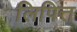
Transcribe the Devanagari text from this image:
लिपित्त